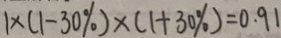
1 \times ( 1 - 3 0 \% ) \times ( 1 + 3 0 \% ) = 0 . 9 1